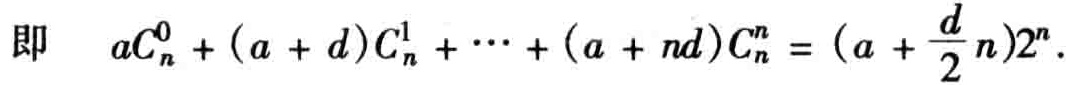
即 \(aC_{n}^{0}+(a + d)C_{n}^{1}+\cdots+(a + nd)C_{n}^{n}=(a + \frac{d}{2}n)2^{n}\).